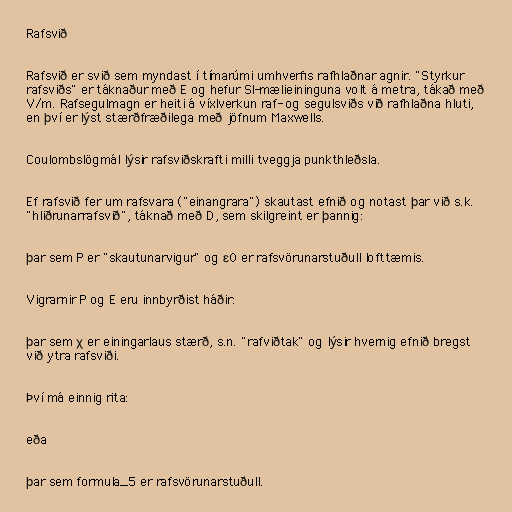
Rafsvið

Rafsvið er svið sem myndast í tímarúmi umhverfis rafhlaðnar agnir. "Styrkur
rafsviðs" er táknaður með E og hefur SI-mælieininguna volt á metra, tákað með
V/m. Rafsegulmagn er heiti á víxlverkun raf- og segulsviðs við rafhlaðna hluti,
en því er lýst stærðfræðilega með jöfnum Maxwells.

Coulombslögmál lýsir rafsviðskrafti milli tveggja punkthleðsla.

Ef rafsvið fer um rafsvara ("einangrara") skautast efnið og notast þar við s.k.
"hliðrunarrafsvið", táknað með D, sem skilgreint er þannig:

þar sem P er "skautunarvigur" og ε0 er rafsvörunarstuðull lofttæmis.

Vigrarnir P og E eru innbyrðist háðir:

þar sem χ er einingarlaus stærð, s.n. "rafviðtak" og lýsir hvernig efnið bregst
við ytra rafsviði.

Því má einnig rita:

eða

þar sem formula_5 er rafsvörunarstuðull.